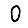
Digit: 0